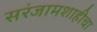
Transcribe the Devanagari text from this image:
सरंजामशाहीचा